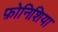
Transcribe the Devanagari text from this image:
फ़ोनिशिया